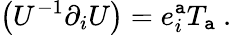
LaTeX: \left(U^{-1}\partial_{i}U\right)=e_{i}^{\mathtt{a}}T_{\mathtt{a}}\ .